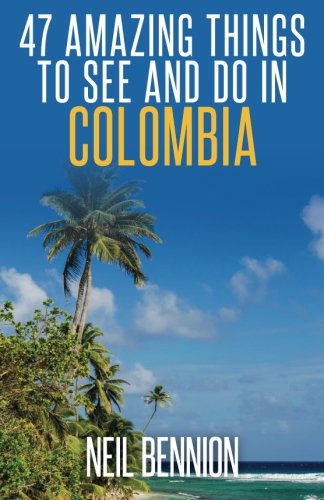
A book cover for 47 Amazing Things to See and Do in Colombia; Neil Bennion; Travel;